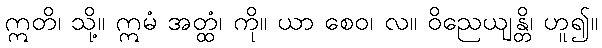
ဣတိ၊ သို့။ ဣမံ အတ္ထံ၊ ကို။ ယာ စေဝ၊ လ။ ဝိညေယျန္တိ၊ ဟူ၍။